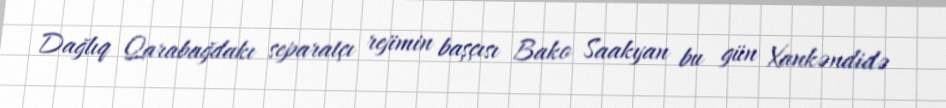
Dağlıq Qarabağdakı separatçı rejimin başçısı Bako Saakyan bu gün Xankəndidə